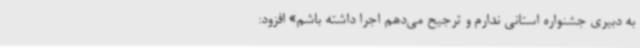
به دبیری جشنواره استانی ندارم و ترجیح می‌دهم اجرا داشته باشم» افزود: